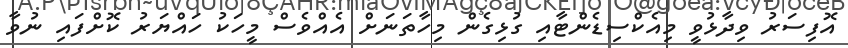
އޮފިސަރު ވިދާޅުވީ މިއެކްސިޑެންޓާއި ގުޅިގެން މިހާތަނަށް އެއްވެސް މީހަކު ހައްޔަރު ކޮށްފައި ނުވާ